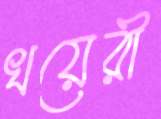
খয়েরী